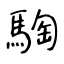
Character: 騊